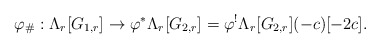
\begin{align*}\varphi_\#:\Lambda_r[G_{1,r}]\to \varphi^{*}\Lambda_{r}[G_{2,r}]=\varphi^{!} \Lambda_{r}[G_{2,r}] (-c)[-2c].\end{align*}